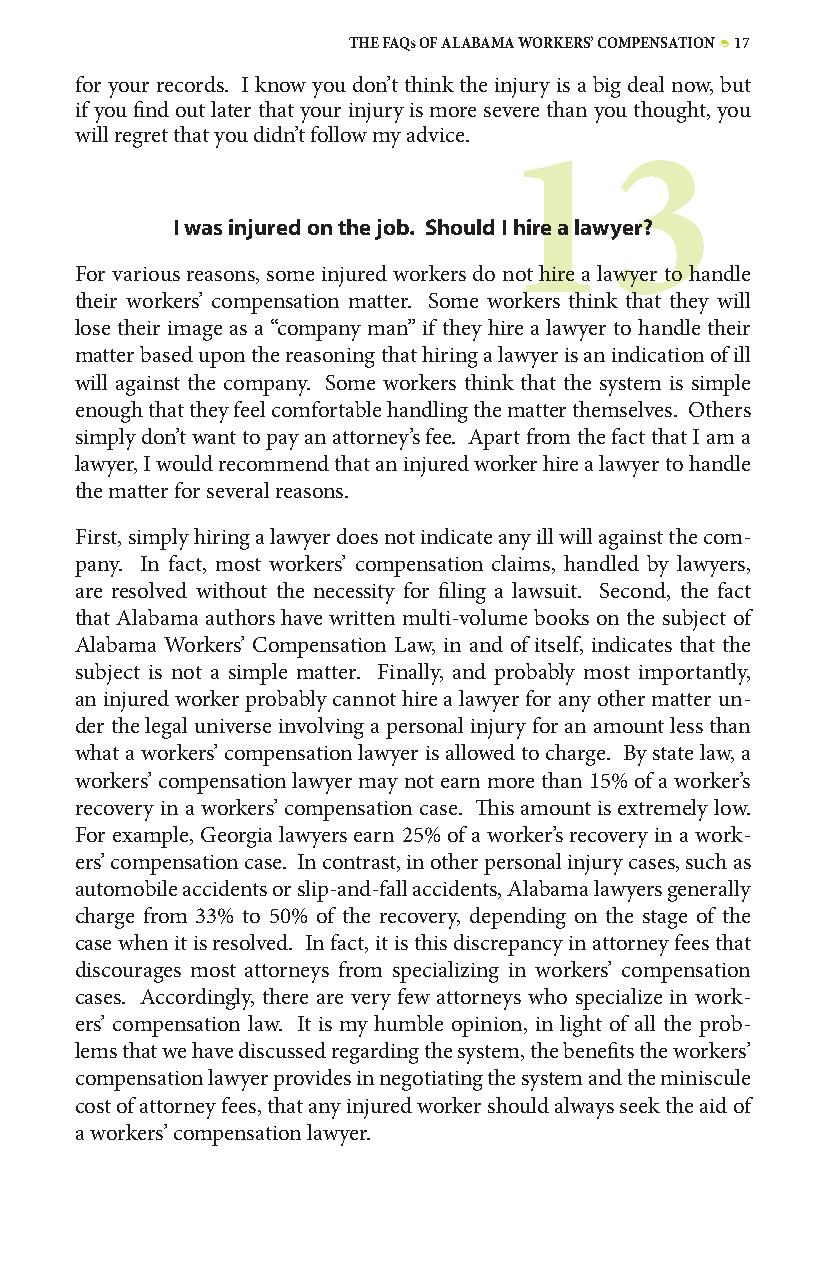
THE FAQs OF ALABAMA WORKERS’ COMPENSATION • 17
 for your records. I know you don’t think the injury is a big deal now, but
 if you find out later that your injury is more severe than you thought, you
 will regret that you didn’t follow my advice.
 13
 I was injured on the job. Should I hire a lawyer?
 For various reasons, some injured workers do not hire a lawyer to handle
 their workers’ compensation matter. Some workers think that they will
 lose their image as a “company man” if they hire a lawyer to handle their
 matter based upon the reasoning that hiring a lawyer is an indication of ill
 will against the company. Some workers think that the system is simple
 enough that they feel comfortable handling the matter themselves. Others
 simply don’t want to pay an attorney’s fee. Apart from the fact that I am a
 lawyer, I would recommend that an injured worker hire a lawyer to handle
 the matter for several reasons.
 First, simply hiring a lawyer does not indicate any ill will against the com-
 pany. In fact, most workers’ compensation claims, handled by lawyers,
 are resolved without the necessity for filing a lawsuit. Second, the fact
 that Alabama authors have written multi-volume books on the subject of
 Alabama Workers’ Compensation Law, in and of itself, indicates that the
 subject is not a simple matter. Finally, and probably most importantly,
 an injured worker probably cannot hire a lawyer for any other matter un-
 der the legal universe involving a personal injury for an amount less than
 what a workers’ compensation lawyer is allowed to charge. By state law, a
 workers’ compensation lawyer may not earn more than 15% of a worker’s
 recovery in a workers’ compensation case. This amount is extremely low.
 For example, Georgia lawyers earn 25% of a worker’s recovery in a work-
 ers’ compensation case. In contrast, in other personal injury cases, such as
 automobile accidents or slip-and-fall accidents, Alabama lawyers generally
 charge from 33% to 50% of the recovery, depending on the stage of the
 case when it is resolved. In fact, it is this discrepancy in attorney fees that
 discourages most attorneys from specializing in workers’ compensation
 cases. Accordingly, there are very few attorneys who specialize in work-
 ers’ compensation law. It is my humble opinion, in light of all the prob-
 lems that we have discussed regarding the system, the benefits the workers’
 compensation lawyer provides in negotiating the system and the miniscule
 cost of attorney fees, that any injured worker should always seek the aid of
 a workers’ compensation lawyer.